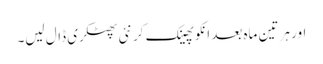
اور ہر تین ماہ بعد انکو پھینک کر نئی پھٹکری ڈال لیں۔